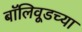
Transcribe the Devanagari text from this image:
बॉलिवूडच्या